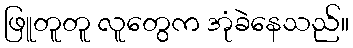
ဖြူတူတူ လူတွေက အုံခဲနေသည်။